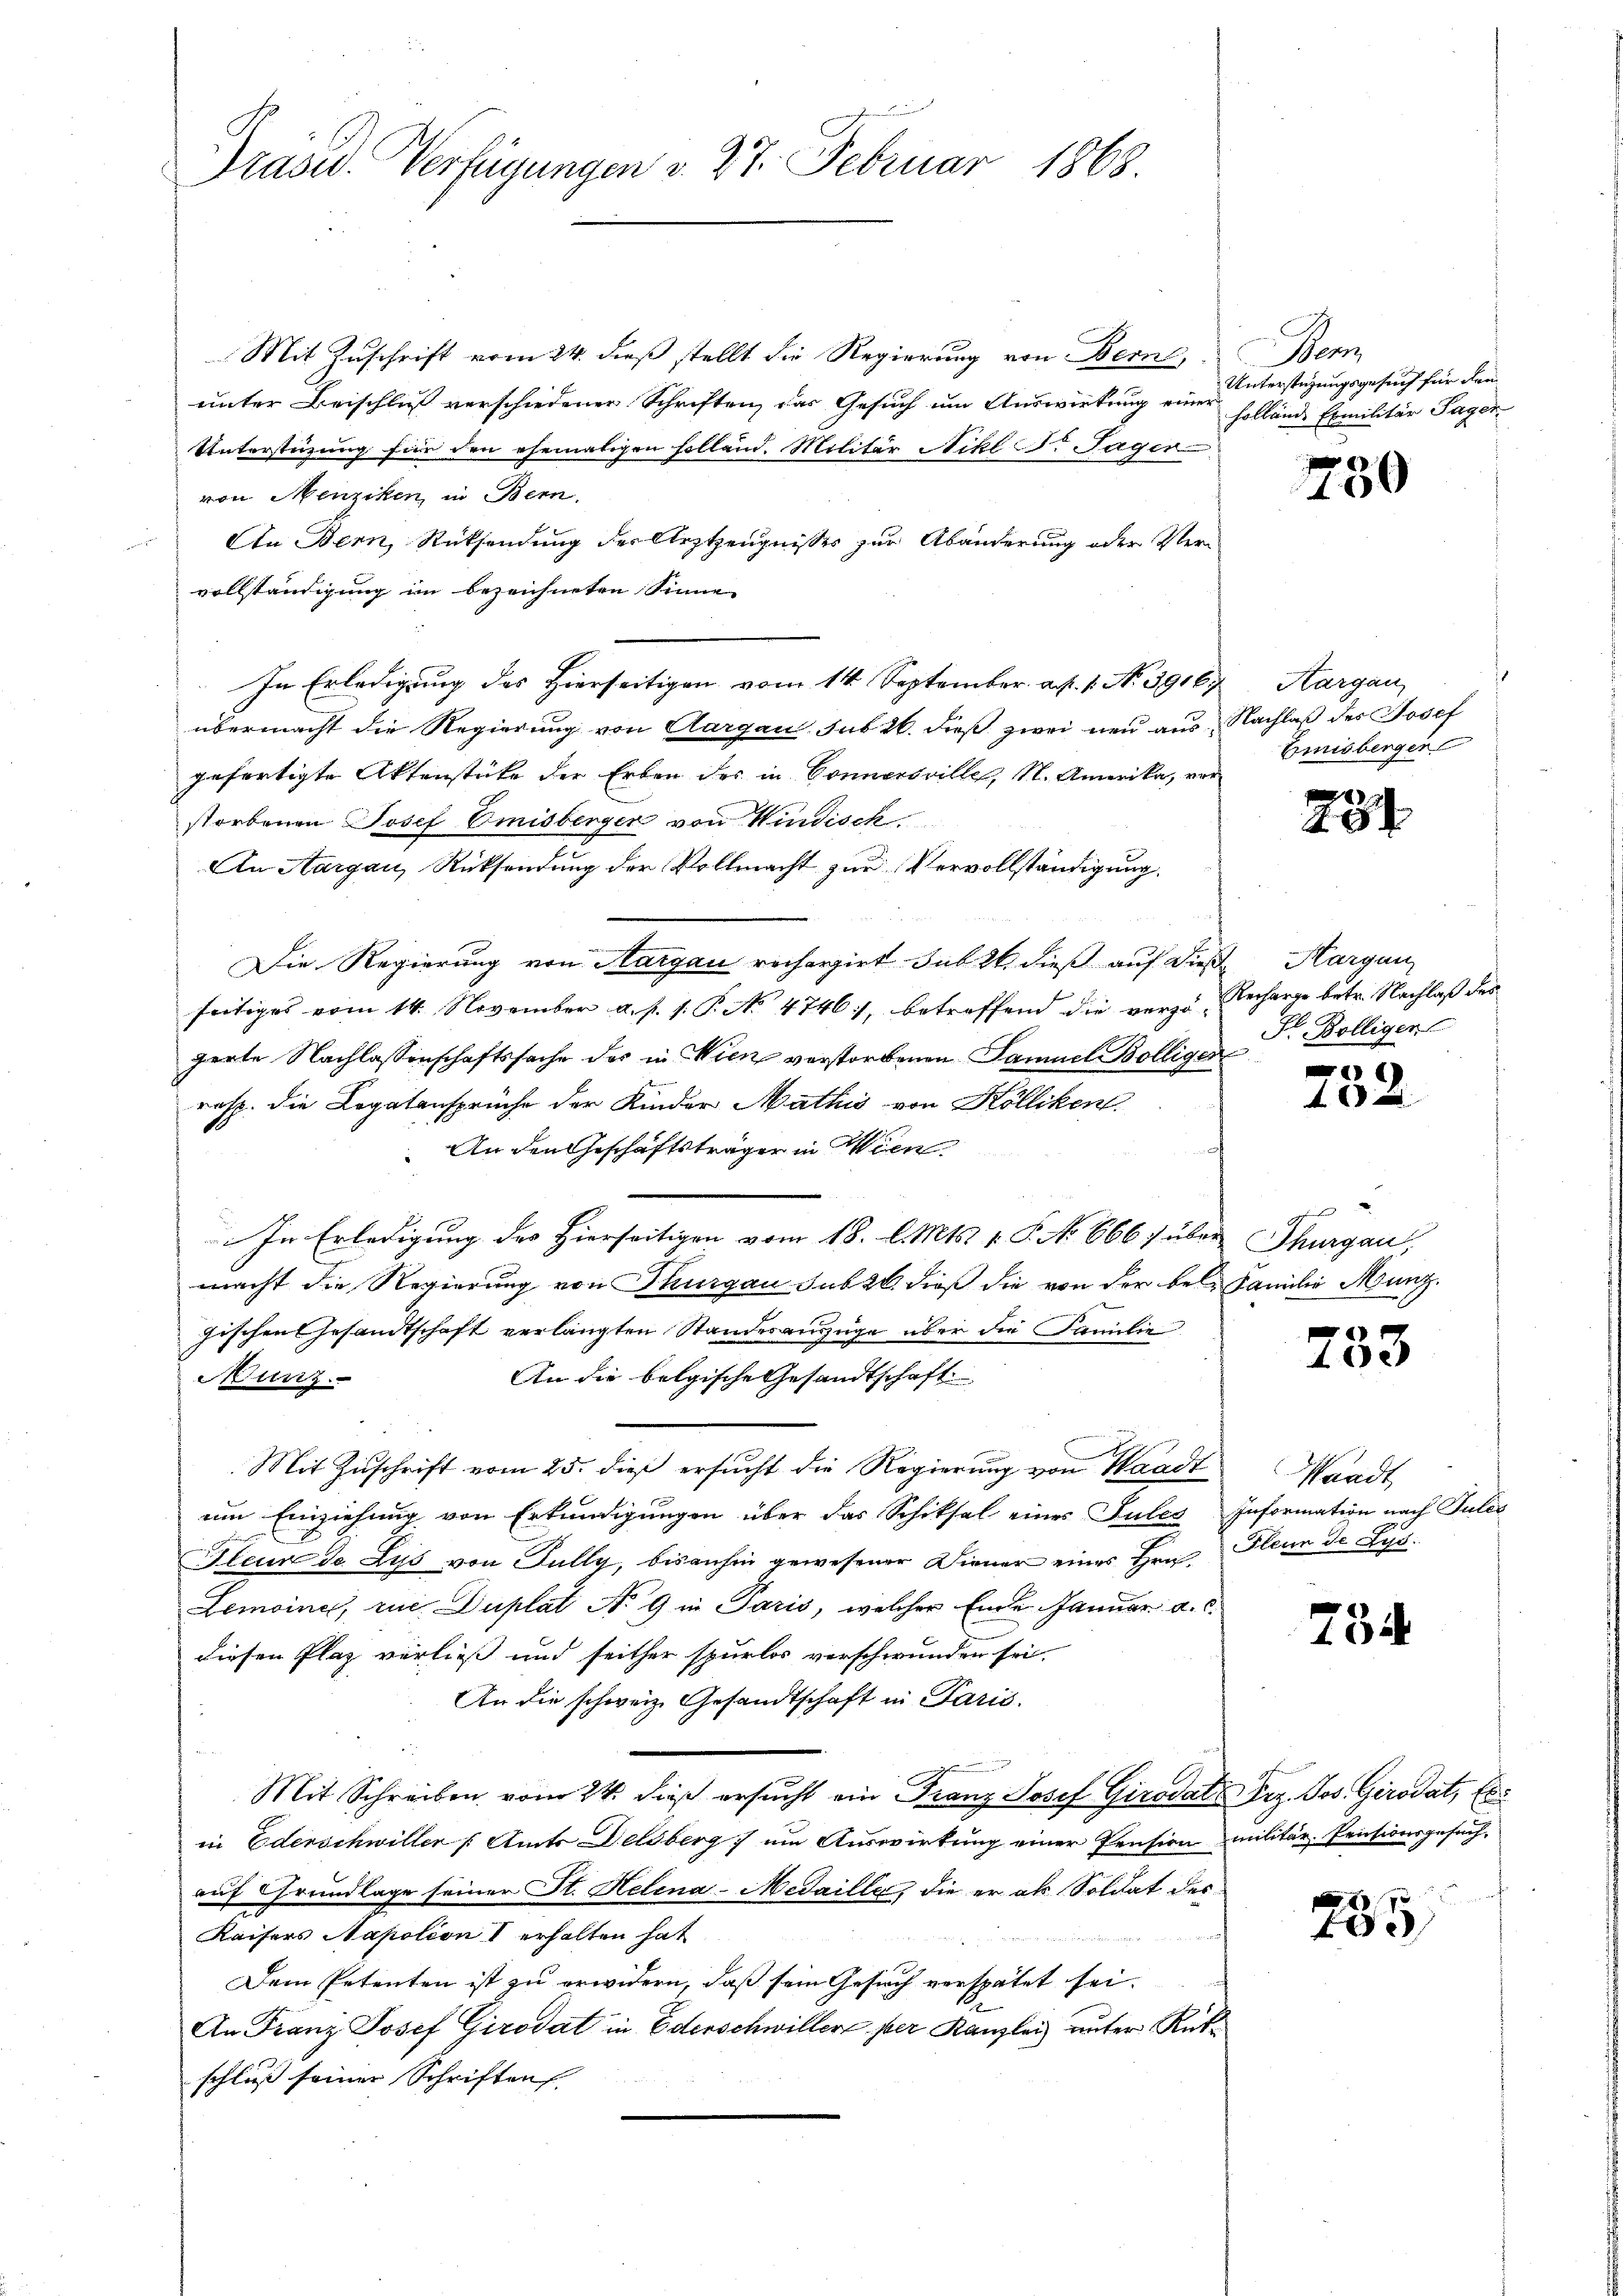
Präsid. Verfügungen d. 27. Februar 1868.

Mit Zuschrift vom 24. dieß stellt die Regierung von Bern,
unter Beischluß verschiedener Schriften, das Gesuch um Auswirkung einer
Unterstüzung für den ehemaligen sollend. Militär Nikl. Sager
von Menziken, in Bern.
An Bern, Rücksendung der Arztzeugnisses zur Abänderung oder Vervollständigung im bezeichneten Sinne
In Erledigung des Hierseitigen vom 14. September. a. p. 1. No. 39167, Aargau,
übermacht die Regierung von Aargau sub 26. dieß zwei neu aus Nachlaß des Josef
gefertigte Aktenstüke der Erben des in Sonnersrille, N. Amerika, vor
storbenen Josef Emisberger von Windisch.
An Aargau, Rücksendung der Vollmacht zur Vervollständigung.
Die Regierung von Aargau recherzirt sub 26. dieß auf dieß Margan
seitiges vom 14. November a. p. 1. P. No 4746), betreffend die verzö-Recharge betr. Nachlaß des
perte Nachlassenschaftssache des in Wien verstorbenen Samuel Bolligen
rasp. die Legatensprüche der Kinder Mathis von Kölliken.
An den Geschäftsträger in Wien
In Erledigung des Hierseitigen vom 18. l. Mts. v. P. No 666. über Thurgau,
macht die Regierung von Thurgau sub 2t dieß die von der bele Familie Munz
gischen Gesandtschaft verlangten Standesauszüge über die Familie
An die belgische Gesandtschaft
Munz
Mit Zuschrift vom 25. dieß ersucht die Regierung von Waadt
um Einziehung von Erkundigungen über das Schiksal eines Sules Information nach Julis
Fleur de Lus von Fully, bisanhin gewesener Diener eines Hrn. Glena de Rys¬
Lemoine, zu Duplat No 9 in Paris, welcher Ende Januar a. c.
diesen Plaz verließ und seither spurlos verschwunden sei.
An die schweiz. Gesandtschaft in Paris.
Mit Schreiben vom 24. dieß ersŭcht ein Franz Josef Girodats Erz. Jos. Girodat, Els
in Ederschwiller (Amts Delsberg um Auswirkung einer Pension militär. Pensionsgesuch,
auf Grundlage seiner St. Helena-Medaille, die er als Soldat des
Kaisers Napolion I erhalten hat

Dem Petenten ist zu erwidern, daß sein Gesuch verspätet sei.
An Franz Josef Girodat in Ederschwiller per Kanzlei unter Rükschluß seiner Schriften

Bern
Unterstüzungsgesuch für dem
hollände Exmilitär Sager-

400

Emisberger

234.

F. Bölligen

e
102

f

40

Waadt

754

2
1